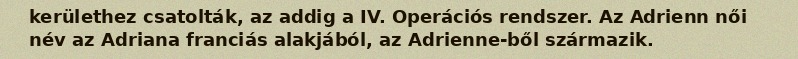
kerülethez csatolták, az addig a IV. Operációs rendszer. Az Adrienn női név az Adriana franciás alakjából, az Adrienne-ből származik.